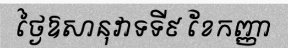
ថ្ងៃឱសានុវាទទី៩ ខែកញ្ញា